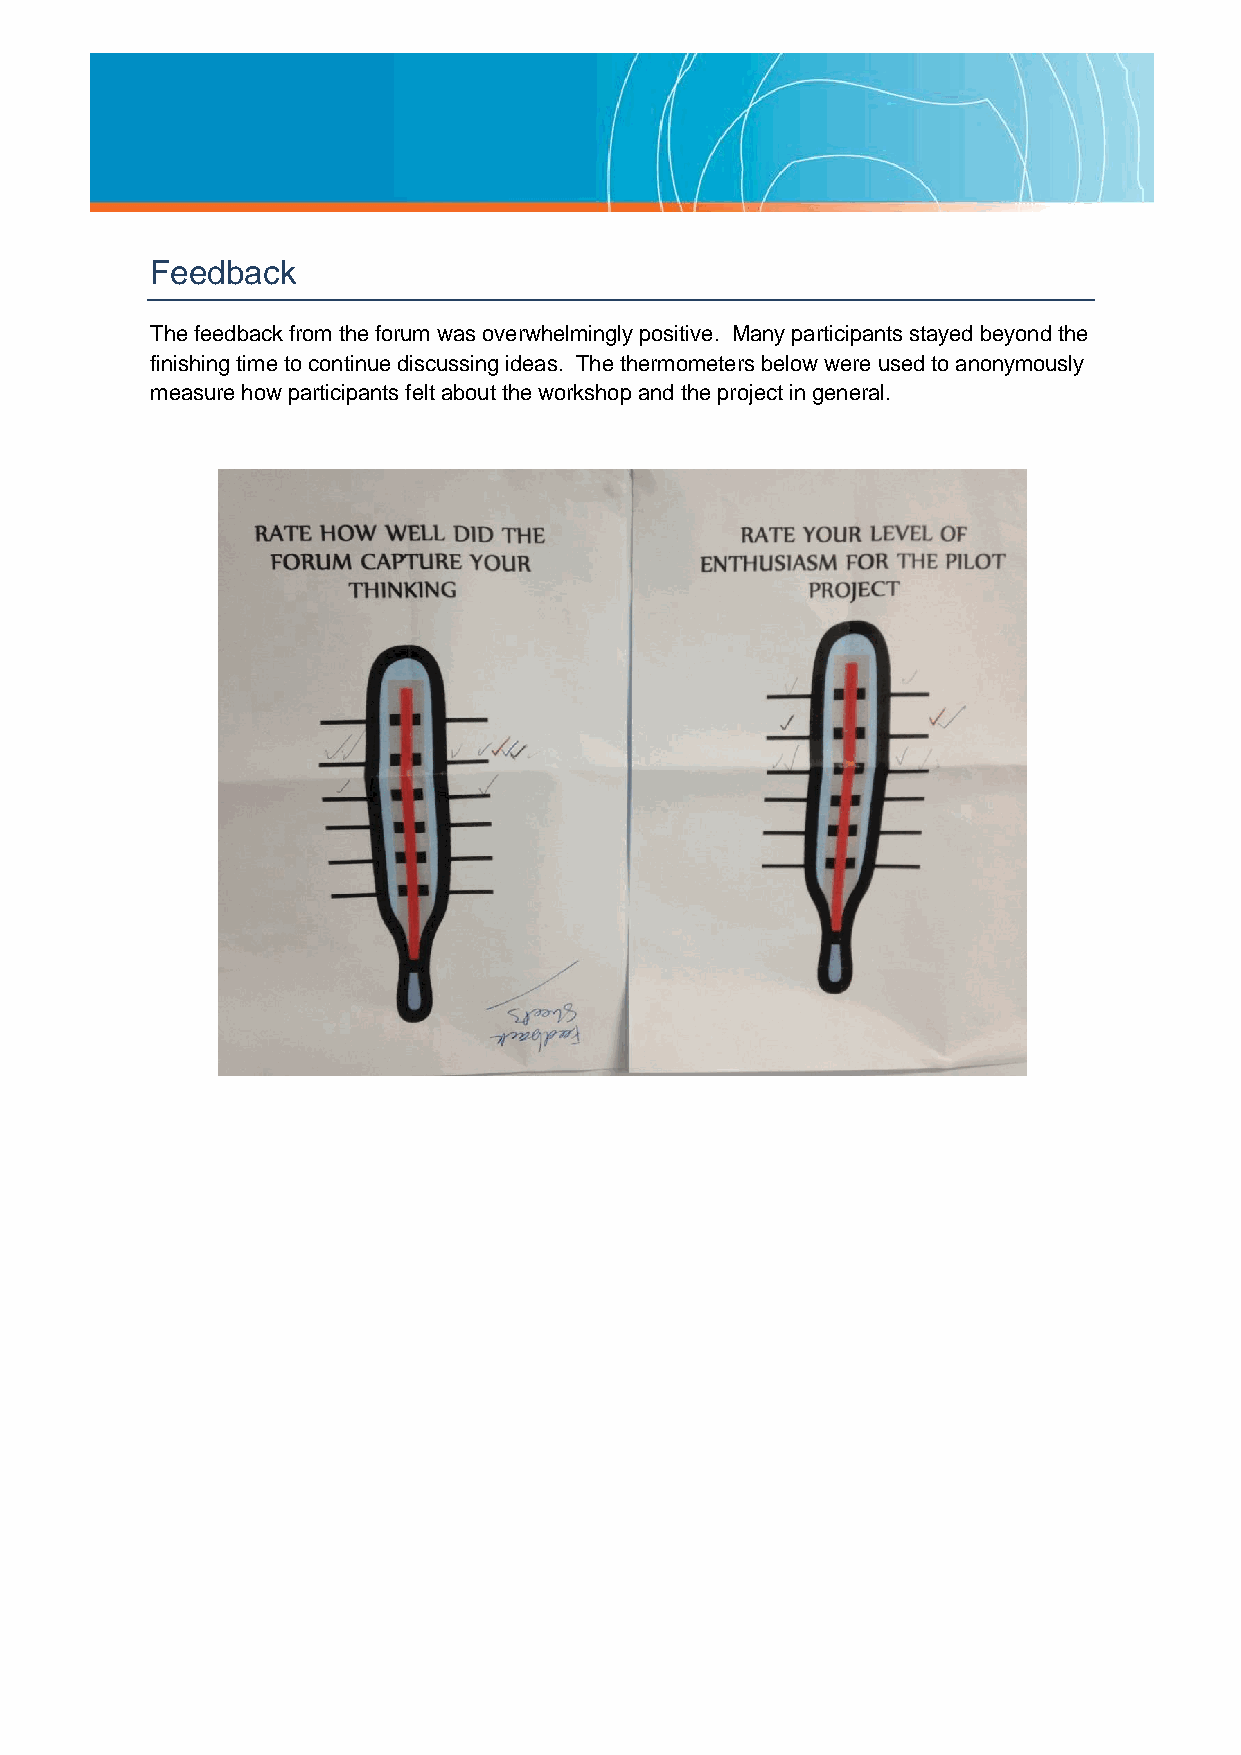
Feedback
 The feedback from the forum was overwhelmingly positive. Many participants stayed beyond the
 finishing time to continue discussing ideas. The thermometers below were used to anonymously
 measure how participants felt about the workshop and the project in general.